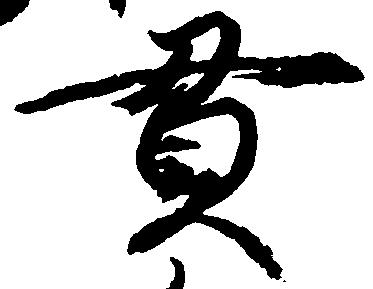
貫